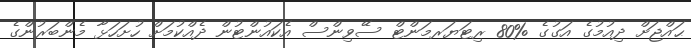
ޙައްޖަށް ދިއުމުގެ އަގުގެ %80 ރިޓަޔަރމަންޓް ސޭވިންސް އެކައުންޓުން ދެއްކުމަށް ހުށަހަޅާ މެންބަރުންގެ